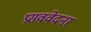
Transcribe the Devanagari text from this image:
प्रसववेदना